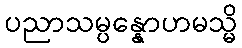
ပညာသမ္ပန္နောဟမသ္မိ